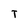
Character: T